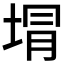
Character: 𭎯